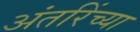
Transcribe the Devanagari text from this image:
अंतरिंच्या